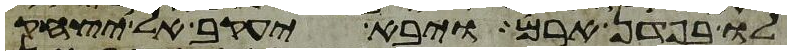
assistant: לו בפדן ארם ויבא יעקב אל יצחק